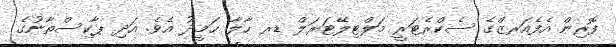
ފޮރިން އެފެއަރޒްގެ ސެކްރެޓަރީ މަލްޓިލޭޓަރަލް ޑރ ހާލާ ޙަމީދު އެވެ. އަދި ޕާކިސްތާނުގެ